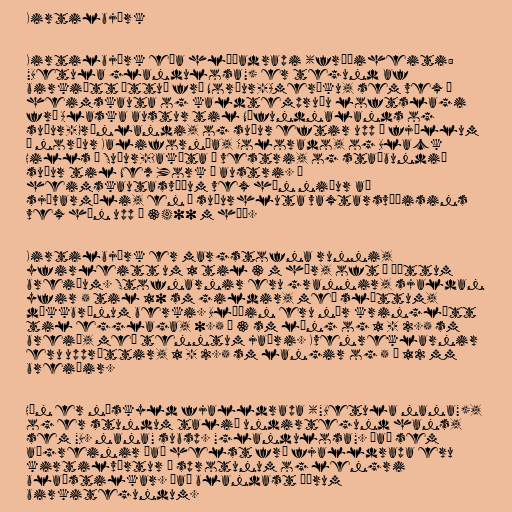
Kirtilbjörk

Kirtilbjörk eða hlíðadrapi (fræðiheiti:
"Betula glandulosa") er tegund af
birkiætt ættuð frá Norður-Ameríku, sem vex í
heimskauta og kaldtempruðu loftslagi
frá Alaska austur til Nýfundnalands og
suður-Grænlandi, og suður eftir upp í fjöllum
í norður Kalifornía, Colorado, og Black
Hills í Suður-Dakóta í vestri, og staðbundið
suður til New York í austri. Á
heimskautasvæðum vex hún niður að
sjávarmáli, en í suðurhluta vaxtarsvæðisins
vex hún upp í 3400 m hæð.

Kirtilbjörk er margstofna runni,
yfirleitt um 1 til 3 m hár, oft í þéttum
breiðum. Stofnarnir eru grannir, sjaldan
yfir 5 til 10 sm gildir, með sléttum,
dökkbrúnum berki. Blöðin eru nær kringlótt
til egglaga, 0.5 – 3 sm löng og 1 - 2.5 sm
breið, með tenntum jaðri. Kvenreklarnir
eru uppréttir, 1 - 2.5 sm langir og 5 – 12 mm
breiðir.

Hún er náskyld fjalldrapa ("Betula nana"),
og er stundum talið undirtegund hans,
sem "B. nana" subsp. "glandulosa". Það sem
aðgreinir það helst frá fjalldrapa eru
kirtilvörtur á sprotunum og lengri
blaðstilkar. Það blandast öðrum
birkitegundum.